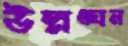
উল্লঙ্ঘন